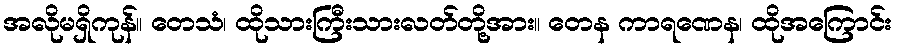
အလိုမရှိကုန်။ တေသံ၊ ထိုသားကြီးသားလတ်တို့အား။ တေန ကာရဏေန၊ ထိုအကြောင်း